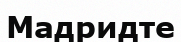
Мадридте